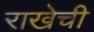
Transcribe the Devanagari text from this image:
राखेची